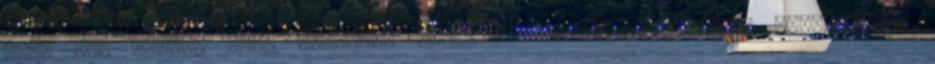
Akár már néhány ezer forintos különbségért is hajlandóak munkahelyet